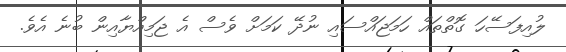
ލުއިފަސޭހަ ގޮތްތައް ހަމަޖައްސައި ނުދޭ ކަމަށް ވެސް އެ ޖަމިއްޔާއިން ބުނެ އެވެ.